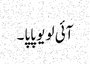
آئی لو یو پاپا۔